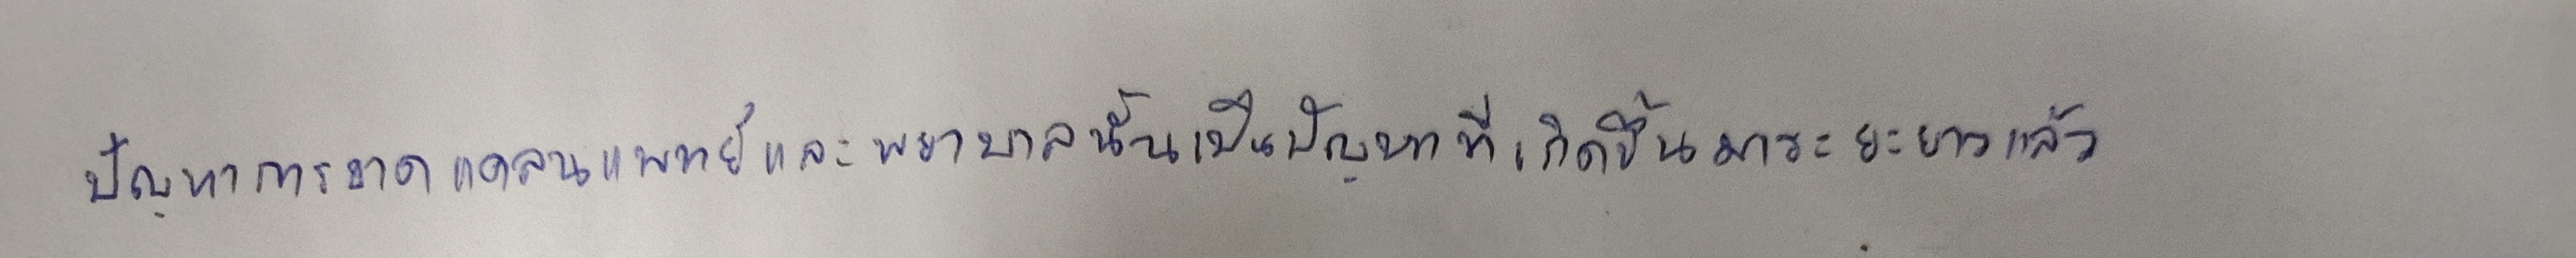
ปัญหาการขาดแคลนแพทย์และพยาบาลนั้นเป็นปัญหาที่เกิดขึ้นมาระยะยาวแล้ว